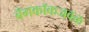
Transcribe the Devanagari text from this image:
बँगकॉकजवळ